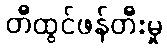
တီထွင်ဖန်တီးမှု